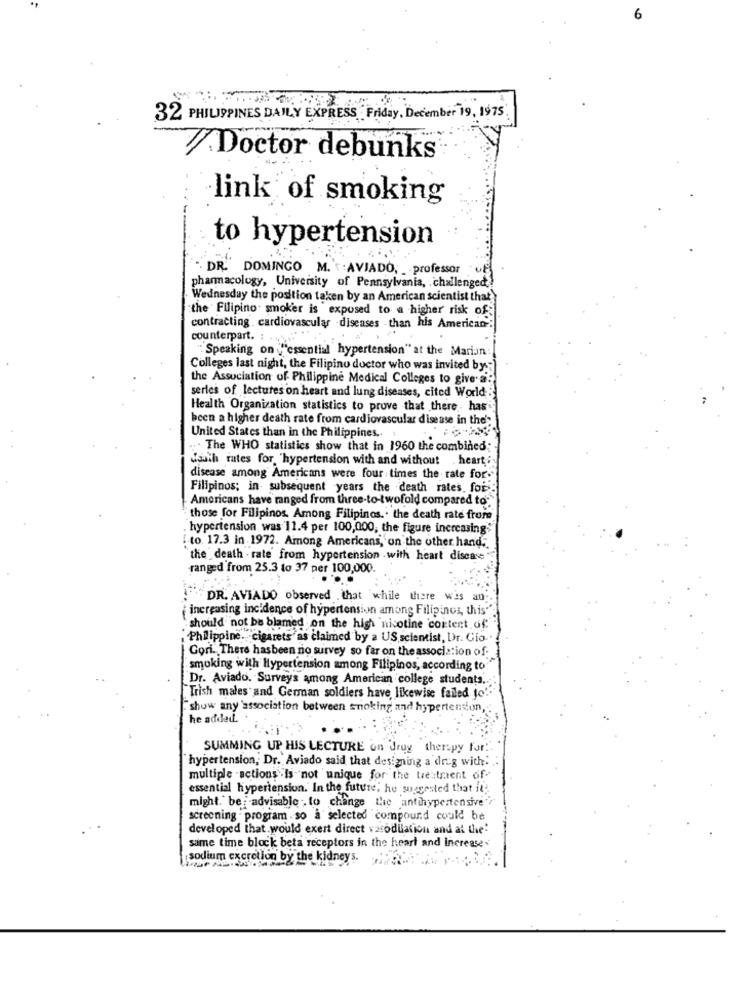
32 PHILIPPINES DAILY EXPRESS Friday, December 19, 1975.
Doctor debunks
link of smoking
to hypertension
DR." DOMINGO M.'S : AVIADO; _ professor
pharmacology, University of Pennsylvania, . challenged,
Wednesday the position taken by an American scientist that
the Filipino smoker is exposed to a higher risk of:
contracting. cardiovascular diseases than his American :
....
counterpart. :
"Speaking on "essential hypertension" at the Marion
Colleges last night, the Filipino doctor who was invited by;
the Association of Philippine Medical Colleges to give a
series of lectures on heart and lung diseases, cited World
Health Organization statistics to prove that there - has
been a higher death rate from cardiovascular disease in the':
United States than in the Philippines .. .
... The WHO statistics show that in 1960 the combined;
South rates for. "hypertension with and without . heart;
disease among Americans were four times the rate for."
Filipinos; in subsequent years the death rates, foi
Americans have ranged from three-to-twofold compared to:
those for Filipinos. Among Filipinos .. the death rate from
hypertension was 11.4 per 100,000, the figure increasing'
to. 17.3 in 1972. Among Americans, on the other hand."
the death - rate from hypertension with heart disease
ranged from 25.3 to 37 per 100,000.
DR. AVIADO observed that while there was an
increasing incidence of hypertension among Filipinos, this''
should not be blamed on the high nicotine content of
"Philippine. cigarets'as claimed by a US scientist, Dr. Cio.
Gori. There hasbeen no survey so far on the association of.
smoking with Hypertension among Filipinos, according to
Dr. Aviado. Surveys among American college students ..
Trish males and German soldiers have likewise failed to"
[show any 'association between smoking and hypertension,
he added.
SUMMING UP HIS LECTURE on drug therapy for!
hypertension, Dr. Aviado said that designing a drug with ..
multiple actions is not 'unique for the tre traent of.
essential hypertension. In the future, he suggested that it!
might.' be advisable . to change the antihypertensive"r
screening -program . so à selected compound could be
developed that.would exert direct vasodilation and at the:
same time block beta receptors in the heart and Increase.
sodium excretion by the kidney s.